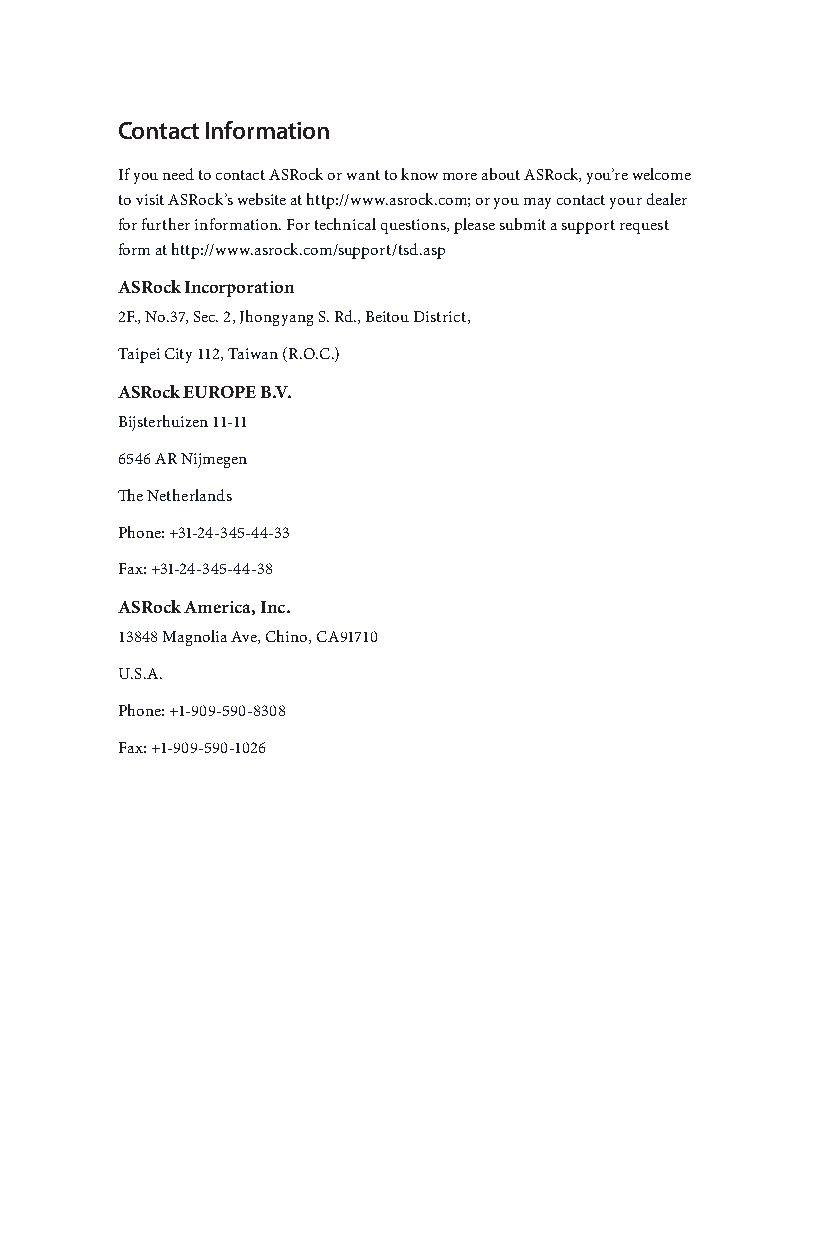
Contact Information
 If you need to contact ASRock or want to know more about ASRock, you’re welcome
 to visit ASRock’s website at http://www.asrock.com; or you may contact your dealer
 for further information. For technical questions, please submit a support request
 form at http://www.asrock.com/support/tsd.asp
 ASRock Incorporation
 2F., No.37, Sec. 2, Jhongyang S. Rd., Beitou District,
 Taipei City 112, Taiwan (R.O.C.)
 ASRock EUROPE B.V.
 Bijsterhuizen 11-11
 6546 AR Nijmegen
 The Netherlands
 Phone: +31-24-345-44-33
 Fax: +31-24-345-44-38
 ASRock America, Inc.
 13848 Magnolia Ave, Chino, CA91710
 U.S.A.
 Phone: +1-909-590-8308
 Fax: +1-909-590-1026